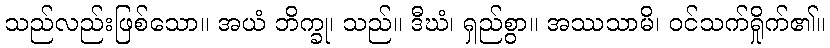
သည်လည်းဖြစ်သော။ အယံ ဘိက္ခု၊ သည်။ ဒီဃံ၊ ရှည်စွာ။ အဿသာမိ၊ ဝင်သက်ရှိုက်၏။